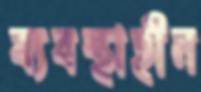
ব্যবস্থাহীন